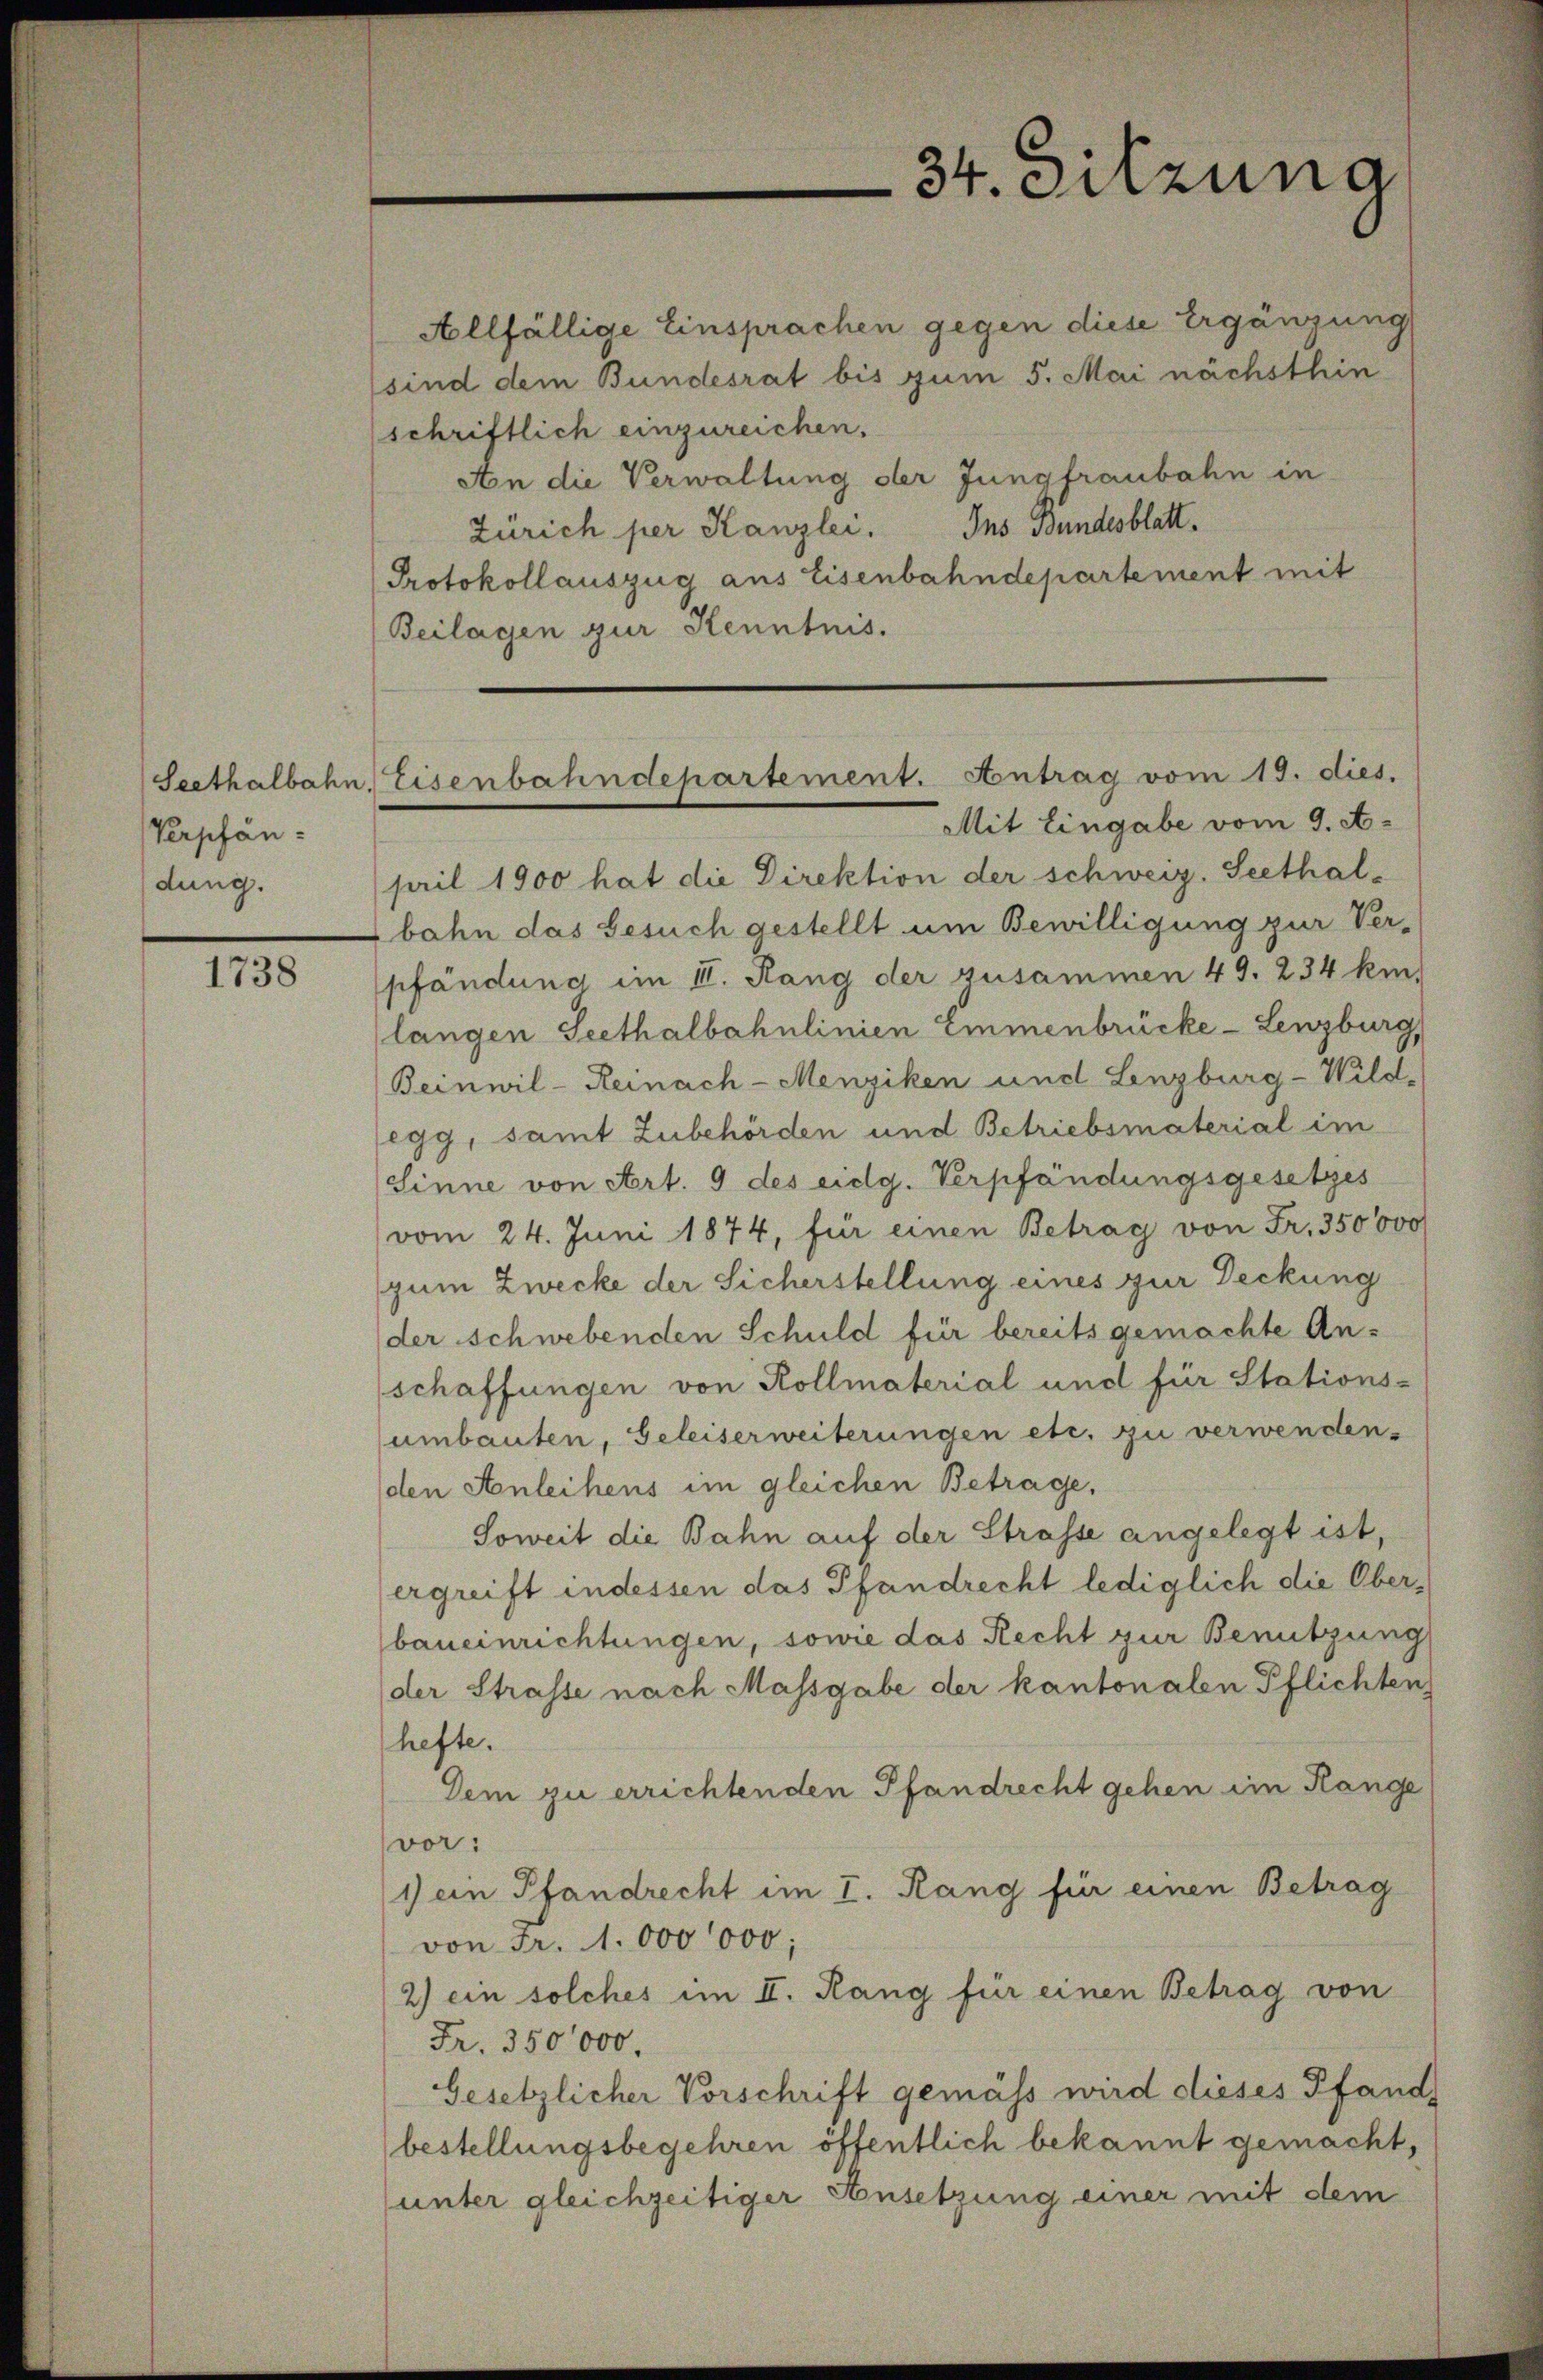
Verpfändung.

1738

Allfällige Einsprachen gegen diese Ergänzung
sind dem Bundesrat bis zum 5. Mai nächsthin
schriftlich einzureichen.
An die Verwaltung der Jungfraubahn in
Zürich per Kanzlei. Ins Bundesblatt.
Protokollauszug aus Eisenbahndepartement mit
Beilagen zur Kenntnis.

sail 1900 hat die Direktion der schweiz. Seethal-
bahn das Gesuch gestellt um Bewilligung zur Ver-
pfändung im II. Rang der zusammen 49. 234 km.
langen Seethalbahnlinien Emmenbrücke - Lenzburg,
Beinwil-Reinach-Menziken und Lenzburg-Wild-
egg, samt Zubehörden und Betriebsmaterial im
Sinne von Art. 9 des eidg. Verpfändungsgesetzes
vom 24. Juni 1874, für einen Betrag von Fr. 350000
zum Zwecke der Sicherstellung eines zur Deckung
der schwebenden Schuld für bereits gemachte An-
schaffungen von Kollmaterial und für Stations-
umbauten, Geleiserweiterungen etc. zu verwenden.
den Anleihens im gleichen Betrage,
Soweit die Bahn auf der Strasse angelegt ist,
ergreift indessen das Pfandrecht lediglich die Oberbaneinrichtungen, sowie das Recht zur Benützung
der Strasse nach Massgabe der kantonalen Pflichten
hefte.
Dem zu errichtenden Pfandrecht gehen im Hange
vor:
1) ein Pfandrecht im I. Rang für einen Betrag
von Fr. 1000000;
2) ein solches im II. Rang für einen Betrag von
Fr. 350000.
Gesetzlicher Vorschrift gemäss wird dieses Pfands
bestellungsbegehren öffentlich bekannt gemacht,
unter gleichzeitiger Ansetzung einer mit dem

34. Sitzung

Seethalbahn, Eisenbahndepartement. Antrag vom 19. dies.
Mit Eingabe vom 9. A.